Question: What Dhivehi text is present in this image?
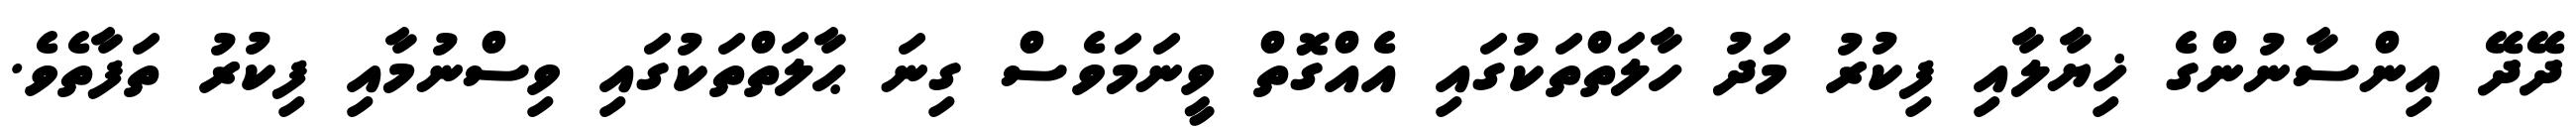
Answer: ދޭދޭ އިންސާނުންގެ ޚިޔާލާއި ފިކުރު މަދު ހާލަތްތަކުގައި އެއްގޮތް ވީނަމަވެސް ގިނަ ޙާލަތްތަކުގައި ވިސްނުމާއި ފިކުރު ތަފާތެވެ.